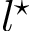
l ^ { \star }